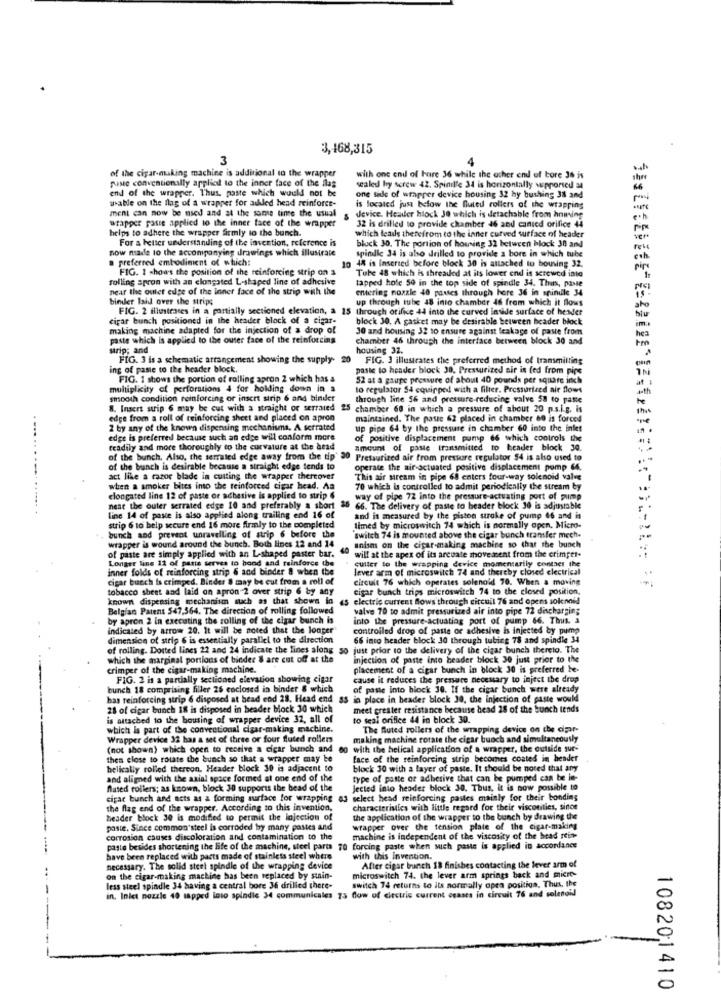
3,168,315
3
of the cigar-making machine is additional to the wrapper
puste conventionally applicil to the inner face of the flag
with one end of haire 36 while the other end of tore 36 is
end of the wrapper. Thus, paste which would not be
sealed hy screw 42. Spinille 34 is horizontally supported aa
usable on the flag of a wrapper for auhled head reinforce-
one side of wrapper device housing 32 hy bushing 38 and
ment can now be used and at the same time the usual
is located just below the fluted rollers of the wrapping
wrapper paste applied to the inner face of the wrapper
32 is drilled to provide chamber 46 and canied orifice 44
device. Header hlock Je which is detachable from hnining
helps to adhere the wrapper firmly to the bunch.
which leads therefrom to the inner curved surface of header
For a better understanding of the invention, reference is
ver
now made to the accompanying drawings which illustrate
block 30. The portion of housing 32 between block 38 and
spimlle 34 is also drilled to provide a bore in which tube
preferred embodiment of which:
10 48 is inserted before block 30 is attached to housing 32.
FIG. 1 shoas the position of the reinforcing strip on a
Tube 48 which is threaded at its lower end is screwed inte
pips
rolling apron with an elongated L-shaped line of adhesive
tapped hole 50 in the top side of spindle 34. Thus, pasle
near the outer edge of the inner face of the strip with the
entering nozzle 40 passes through hore 36 in spindle 34
binder laid over the strips
up through tube 48 into chamber 46 from which it flows
FIG. 2 illustrates in a partially sectioned elevation, a 18 through orifice 44 into the curved inside surface of header
sto
cigar bunch positioned in the header block of a cigar-
block 30. A gasket may be desirable between header block
blu
making machine adapted for the injection of a drop of
30 and housing 32 to ensure against leakage of paste from
paste which is applied to the outer face of the reinforcing
chamber 46 through the interface between block 30 and
hea
urip; and
housing 32.
FIG. 3 is a schematic arrangement showing the supply-
FIG. 3 illustrates the preferred method of transmitting
ing of paste to the header block.
paste to header block 30. Pressurized air is (ed from pipe
FIG. 1 shows the portion of rolling apron 2 which has a
52 at a gaupe pressure of shout 40 pounds per square inch
at
multiplicity of perforations 4 for holding down in a
to regulator 54 equipped with a filter. Pressurized air flows
smooth condition reinforcing or insert strip 6 and binder
through line 56 and pressure-reducing valve 58 to paste
te
8. Insert surip 6 may be cut with a straight of serrated
25 chamber 60 in which a pressure of about 20 p.s.i.g. is
edge from a roll of reinforcing sheet and placed on apron
maintained. The passe 62 placed in chamber 60 is forced
2 by any of the known dispensing mechanisms. A serrated
up pipe 64 by the pressure in chamber 60 into the inlet
edge is preferred because such an edge will conform more
of positive displacement pump 66 which controls the
readily and more thoroughly to the curvature at the and
amount of paste transmitted to header block 30.
of the bunch. Also, the serraled edge away from the tip
Pressurized air from pressure regulator $4 is also used to
of the bunch is desirable because a straight edge tends to
operate the air-actuated positive displacement pomp 64.
act like a razor blade in cutting the wrapper thereover
This air stream in pipe 68 enters four-way solenoid valve
when a smoker bites into the reinforced cigar head. Aa
70 which is controlled to admit periodically the stream by
elongated line 12 of paste or adhesive is applied to strip 6
way of pipe 72 into the pressure-actuating port of pump
.... .. ...........
near the outer serrated edge 10 and preferably a short 36 66. The delivery of paste to header block 30 is adjustable
line 14 of paste is also applied along trailing end 16 of
and is measured by the piston stroke of pump 46 and is
strip 6 to belp secure end 16 more firmly to the completed
timed by microswitch 74 which is normally open. Micro-
bunch and prevent unravelling of strip 6 before the
wrapper is wound around the bunch. Both lines 12 and 14
switch 74 is mounted above the cigar bunch transfer mech.
40
unise on the cigar-making machine so that the bunch
of paste are simply applied with an L-shaped paster bar.
Longer line 11 of patte serves to bond and teinforce the
CUller to the wrapping device momentarily contact the
will at the apex of its arcuate movement from the crimper-
inner folds of reinforcing strip 6 and binder & when the
lever arm of microswitch 74 and thereby closed electrical
cigar bucch is crimped. Binder 8 may be cut from a roll of
circuit 76 which operates solenoid 70. When a moving
tobacco sheet and laid on apron 2 over strip 6 by any
cigar bunch trips microswitch 74 to the closed position.
known dispensing mechanism nach as that shows in
4s electric current Blows through circuil 76 and opens solenoid
Belgian Patent 547,364. The direction of rolling followed
valve 70 to admit pressurized air into pipe 72 discharging
by apron 2 in executing the rolling of the cigar bunch is
into the pressure-actuating port of pump 66. Thus. a
indicated by arrow 20. It will be noted that the longer
controlled drop of paste or adhesive is injected by pump
dimension of strip 6 is essentially parallel to the direction
66 into header block 30 through tubing 78 and spindle 34
of rolling. Dotted lines 22 and 24 indicate the lines along
so just prior to the delivery of the cigar bunch thereto. The
which the marginal portions of binder 8 are cut off at the
injection of paste into beader block 30 just prior to the
crimper of the cigar-making machine.
placement of a cigar bunch in block 30 is preferred he-
FIG. 2 is a partially sectioned elevation showing cigar
cause it reduces the pressure necessary to inject the drop
bunch 18 comprising filler 26 coclosed in binder & which
of paste into block 30. If the cigar bunch were already
bas reinforcing strip 6 disposed at bead end 28. Head end 85 in place in header block 30, the injection of paste would
28 of cigar bunch 18 is disposed in beader bock 30 which
meet greater resistance because dead 28 of the bunch tends
is attached to the housing of wrapper device 32, all of
to seal orifice 44 in block 30.
which is part of the conventional cigar-making machine.
The Buted rollers of the wrapping device on the car-
Wrapper device 32 has a set of three or four fluted rollers
making machine rotate the cigar buoch and simultaneously
(not shown) which open to receive a cigar bunch and
60 with the helical application of a wrapper, the outside sur-
then close to rotate the bunch so that a wrapper may be
face of the reinforcing strip becomes coated in header
belically rolled thereon. Header block 30 is adjacent to
block 30 with a layer of paste. It should be noted that any
and aligned with the axial space formed at one end of the
type of paste of adhesive that can be pumped can be in-
flated rollers; as known, block 30 supports the bead of the
jected into header block 30. Thus, it is now possible to
cigar bunch and acts as a forming surface for wrapping a3 select head reinforcing pastes mainly for their bonding
the flag end of the wrapper. According to this invention,
characteristics with little regard for their viscotitles, since
header block 30 is modified to permit the lojection of
the application of the wrapper to the bunch by drawing the
poste. Since common'steel is corroded by many pastes and
wrapper over the tension plate of the cigar-making
corrosion causes discoloration and contamination to the
machine is independent of the viscosity of the head rein-
paste besides shortening the life of the machine, steel part
forcing paste when such paste is applied in accordance
have been replaced with parts made of stainless steel where
with this Invention.
necessary. The solid steel spindle of the wrapping device
After cigar brunch 18 finishes contacting the lever arm of
on the cigar-making machine has been replaced by sunin-
microswitch 74. the lever arm springs back and micro-
less steel spindle 34 having a central bore Je dirilied there-
switch 74 returns to its normally opra positiga. Thus, the
in. Iniet nozzle 40 tapped into spindic 34 communicales 75 dow of circtric current ccases in circuit 76 and solenoid
108201410